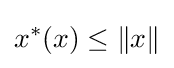
x^{*}(x)\leq \|x\|